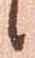
候